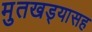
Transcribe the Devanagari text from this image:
मुतखड्यासह